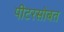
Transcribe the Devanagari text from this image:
पीटरसोबत